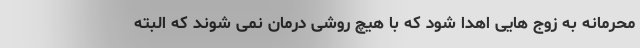
محرمانه به زوج هایی اهدا شود که با هیچ روشی درمان نمی شوند که البته